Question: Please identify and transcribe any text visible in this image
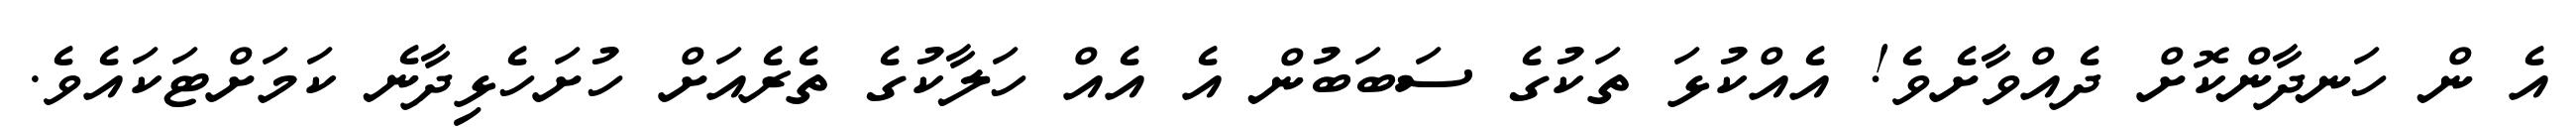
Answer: އެ ން ހަނދާންކޮށް ދެއްވާށެވެ! އެއްކުޅަ ތަކުގެ ސަބަބުން އެ އެއް ހަލާކުގެ ތެރެއަށް ހުށަހެޅިދާނެ ކަމަށްޓަކައެވެ.